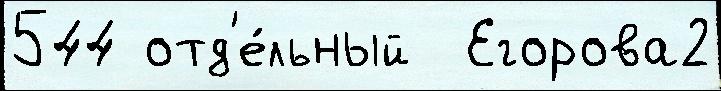
544 отд'е́льный  Егорова2